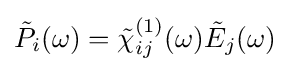
{\tilde {P}}_{i}(\omega )={\tilde {\chi }}_{ij}^{(1)}(\omega ){\tilde {E}}_{j}(\omega )